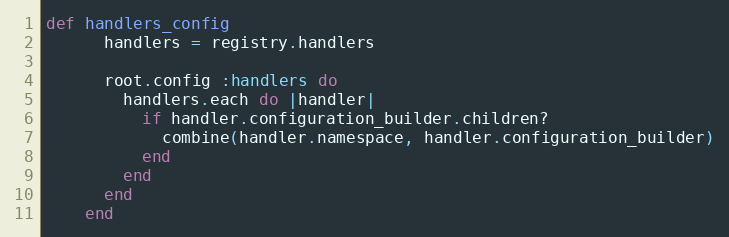
Language: Ruby
def handlers_config
      handlers = registry.handlers

      root.config :handlers do
        handlers.each do |handler|
          if handler.configuration_builder.children?
            combine(handler.namespace, handler.configuration_builder)
          end
        end
      end
    end